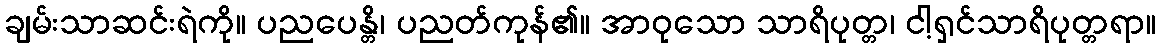
ချမ်းသာဆင်းရဲကို။ ပညပေန္တိ၊ ပညတ်ကုန်၏။ အာဝုသော သာရိပုတ္တ၊ ငါ့ရှင်သာရိပုတ္တရာ။